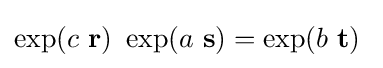
\exp(c\ \mathbf {r} )\ \exp(a\ \mathbf {s} )=\exp(b\ \mathbf {t} )\